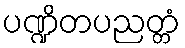
ပဏ္ဍိတပညတ္တံ